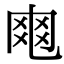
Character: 𠃾